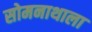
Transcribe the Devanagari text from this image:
सोमनाथाला